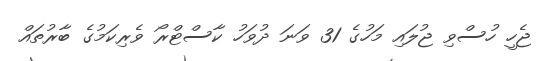
ޖެހީ ހުސްވި ޖުލައި މަހުގެ 31 ވަނަ ދުވަހު ކާސްޓްރޯ ވެރިކަމުގެ ބާރުތައް